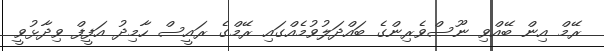
ރޭމް އިން ބޭއްވި ނޫސްވެރިންގެ ބައްދަލުވުމެއްގައި ރޭމްގެ ރައީސް ހާމިދު އަފީފް ވިދާޅުވީ